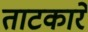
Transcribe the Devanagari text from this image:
ताटकारे